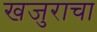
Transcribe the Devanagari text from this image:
खजुराचा